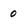
Character: 0